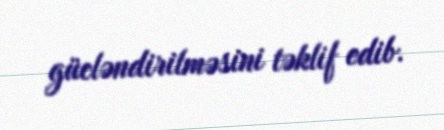
gücləndirilməsini təklif edib.